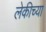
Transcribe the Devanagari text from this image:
लेकीच्या